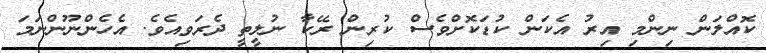
ކޮއްލަން ނިންމި އިރު އެކަން ކުޑަކޮށްވެސް ކުރިން ރޭކާ ނުލީތީ ދެރަވިއެވެ. އެހެންނޫންނަމަ